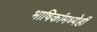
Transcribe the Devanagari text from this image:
भाषिकांमध्येही